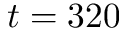
t = 3 2 0